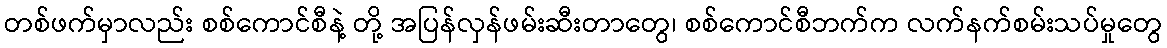
တစ်ဖက်မှာလည်း စစ်ကောင်စီနဲ့ တို့ အပြန်လှန်ဖမ်းဆီးတာတွေ၊ စစ်ကောင်စီဘက်က လက်နက်စမ်းသပ်မှုတွေ